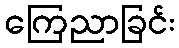
ကြေညာခြင်း